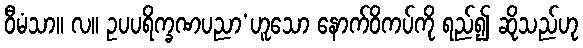
ဝီမံသာ။ လ။ ဥပပရိက္ခဏပညာ’ဟူသော နောက်ဝိကပ်ကို ရည်၍ ဆိုသည်ဟု